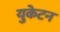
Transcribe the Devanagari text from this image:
युकेटन